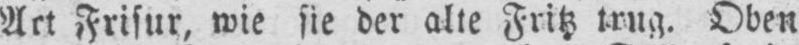
Art Frisur, wie sie der alte Fritz trug. Oben